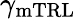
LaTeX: \gamma_{\mathrm{mTRL}}